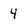
Character: 4